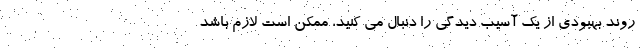
روند بهبودی از یک آسیب دیدگی را دنبال می کنید، ممکن است لازم باشد